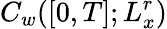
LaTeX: C_{w}([0,T];L_{x}^{r})